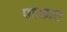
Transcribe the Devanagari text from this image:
पश्छात